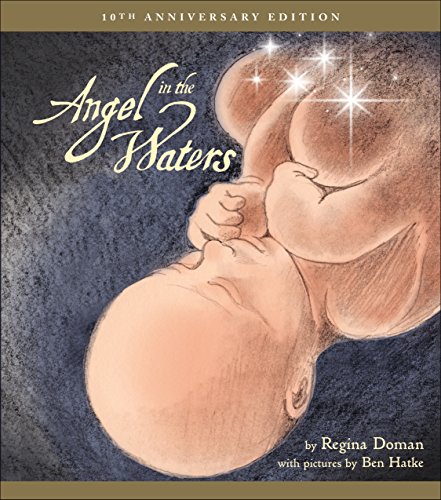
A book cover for Angel in the Waters; Regina Doman; Christian Books & Bibles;